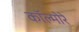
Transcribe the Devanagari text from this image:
कॉल्मोरे